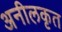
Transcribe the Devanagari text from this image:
अनीलकृत